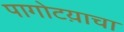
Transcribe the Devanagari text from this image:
पागोटय़ाचा